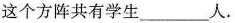
这个方阵共有学生___人。